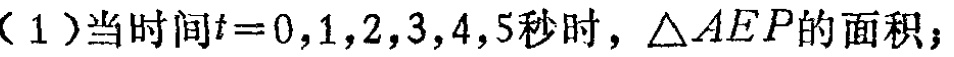
（1）当时间\(t = 0,1,2,3,4,5\)秒时，\(\triangle AEP\)的面积；